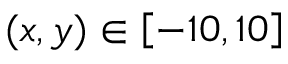
( x , y ) \in \left[ - 1 0 , 1 0 \right]